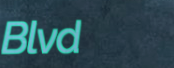
Blvd